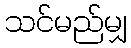
သင်မည်မျှ